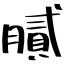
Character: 膩